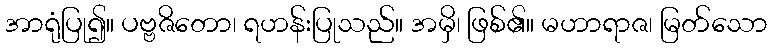
အာရုံပြု၍။ ပဗ္ဗဇိတော၊ ရဟန်းပြုသည်။ အမှိ၊ ဖြစ်၏။ မဟာရာဇ၊ မြတ်သော